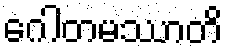
ဂေါတမဿာတိ